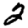
Digit: 2